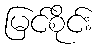
မြင်စိုင်း